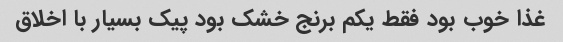
غذا خوب بود فقط یکم برنج خشک بود پیک بسیار با اخلاق